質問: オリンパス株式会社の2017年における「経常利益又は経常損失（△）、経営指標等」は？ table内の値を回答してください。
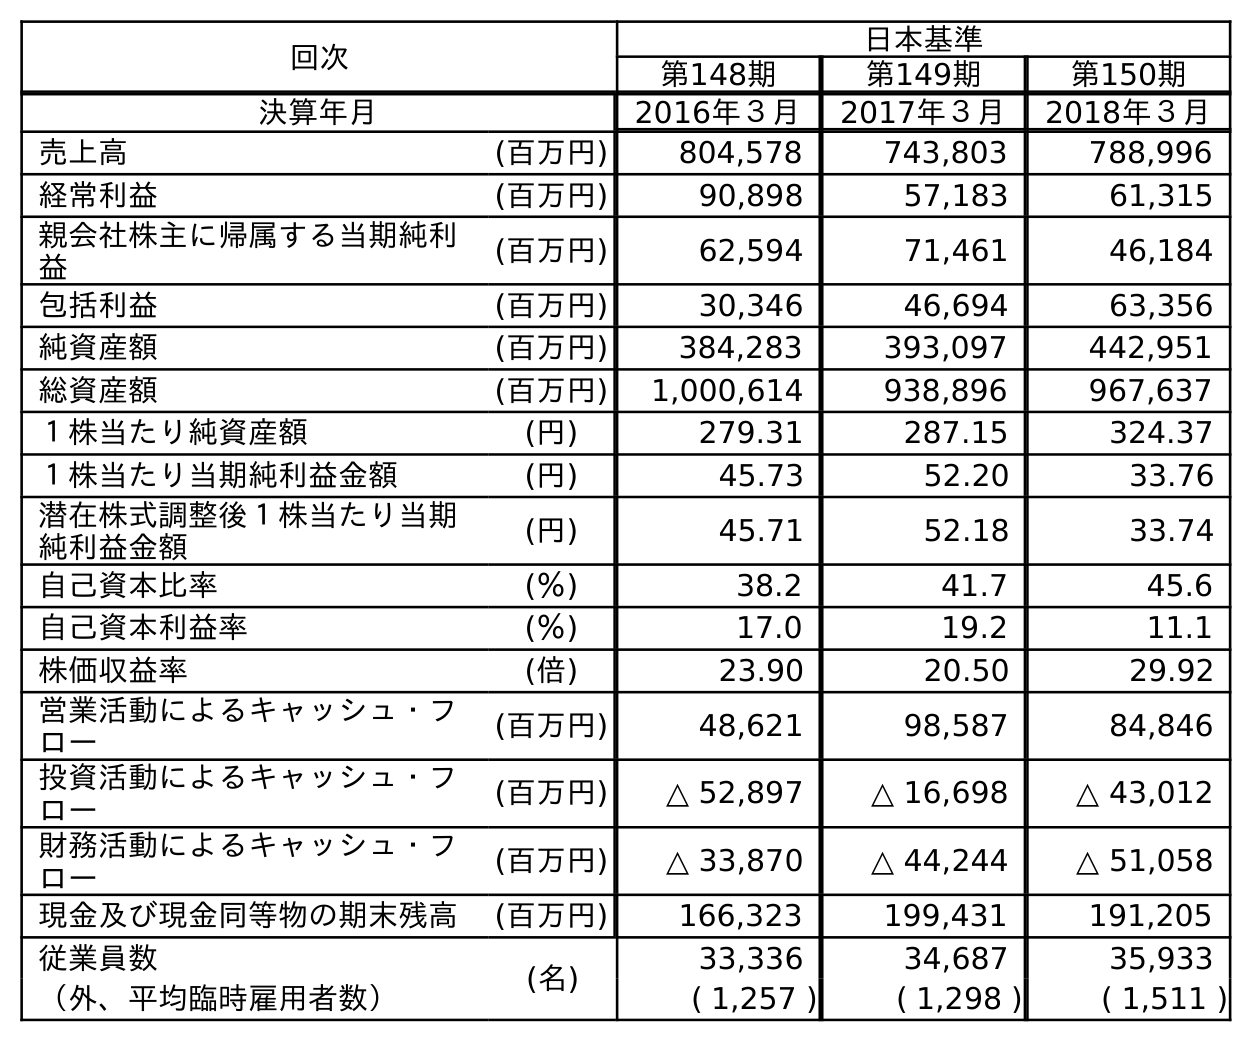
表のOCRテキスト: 回次 日本基準 第148期 第149期 第150期 決算年月 2016年３月 2017年３月 2018年３月 売上高 (百万円) 804,578 743,803 788,996 経常利益 (百万円) 90,898 57,183 61,315 親会社株主に帰属する当期純利 益 (百万円) 62,594 71,461 46,184 包括利益 (百万円) 30,346 46,694 63,356 純資産額 (百万円) 384,283 393,097 442,951 総資産額 (百万円) 1,000,614 938,896 967,637 １株当たり純資産額 (円) 279.31 287.15 324.37 １株当たり当期純利益金額 (円) 45.73 52.20 33.76 潜在株式調整後１株当たり当期 純利益金額 (円) 45.71 52.18 33.74 自己資本比率 (％) 38.2 41.7 45.6 自己資本利益率 (％) 17.0 19.2 11.1 株価収益率 (倍) 23.90 20.50 29.92 営業活動によるキャッシュ・フ ロー (百万円) 48,621 98,587 84,846 投資活動によるキャッシュ・フ ロー (百万円) △ 52,897 △ 16,698 △ 43,012 財務活動によるキャッシュ・フ ロー (百万円) △ 33,870 △ 44,244 △ 51,058 現金及び現金同等物の期末残高 (百万円) 166,323 199,431 191,205 従業員数 (名) 33,336 34,687 35,933 （外、平均臨時雇用者数） ( 1,257 ) ( 1,298 ) ( 1,511 )
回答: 57,183